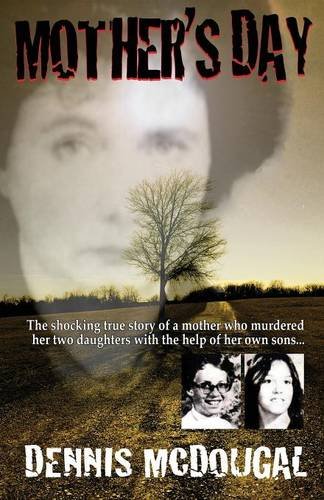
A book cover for Mother's Day; Dennis McDougal; Biographies & Memoirs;